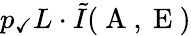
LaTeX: p_{\checkmark}L\cdot\tilde{I}(\mathrm{~A~},\mathrm{~E~})